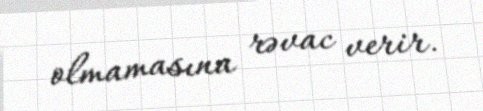
olmamasına rəvac verir.